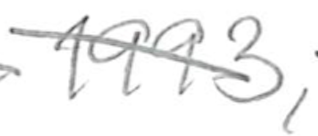
Text: 1993,
Cross-out: diagonal
Writing tool: pencil